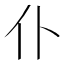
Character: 仆